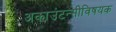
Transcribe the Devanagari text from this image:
अकाउंटन्सीविषयक